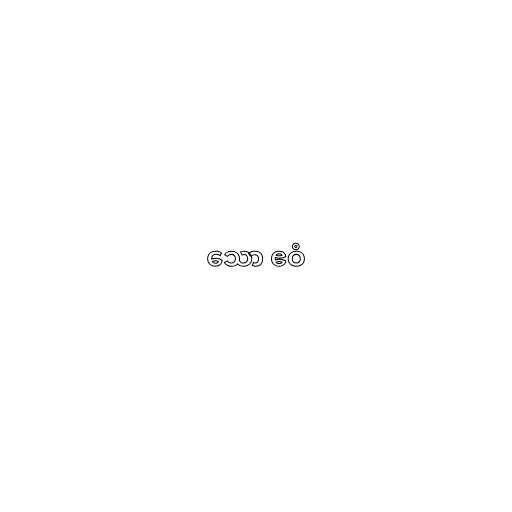
သော ဧဝံ